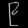
Digit: ၉